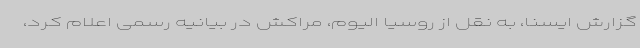
گزارش ایسنا، به نقل از روسیا الیوم، مراکش در بیانیه رسمی اعلام کرد،